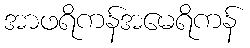
အာဖရိကန်အမေရိကန်